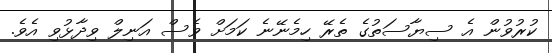
ކުރުވުން އެ ސިޔާސަތުގެ ތެރޭ ހިމެނޭނެ ކަމަށް ވެސް އަނިލް ވިދާޅުވި އެވެ.